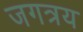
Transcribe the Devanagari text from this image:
जगत्रय